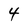
Character: 4